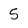
Character: 5